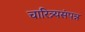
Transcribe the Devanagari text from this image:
चारित्र्यसंपन्न